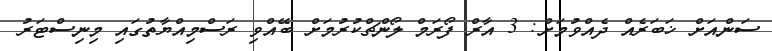
ސަންއަށް ޚަބަރެއް ދެއްވުމަށް: 3 އާރް ފޯރަމް ލޯންޗްކުރުމަށް ބޭއްވި ރަސްމިއްޔާތުގައި މިނިސްޓަރު